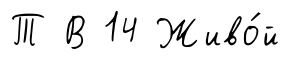
Т В 14 Живо́й